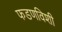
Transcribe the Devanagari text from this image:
फडणविशी